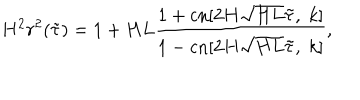
H ^ { 2 } r ^ { 2 } ( \tilde { \tau } ) = 1 + H L \frac { 1 + \mathrm { c n } [ 2 H \sqrt { H L } \tilde { \tau } , \; k ] } { 1 - \mathrm { c n } [ 2 H \sqrt { H L } \tilde { \tau } , \; k ] } ,